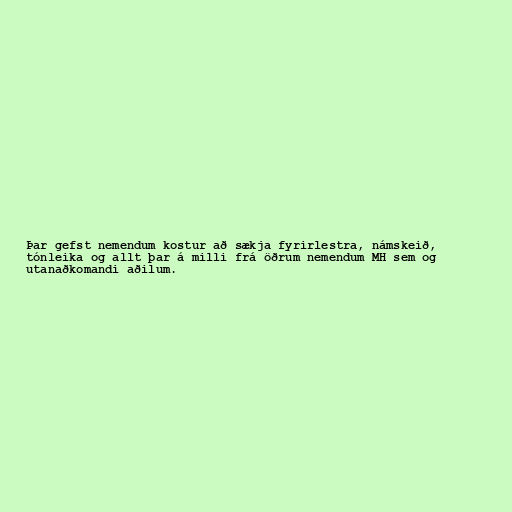
Þar gefst nemendum kostur að sækja fyrirlestra, námskeið,
tónleika og allt þar á milli frá öðrum nemendum MH sem og
utanaðkomandi aðilum.